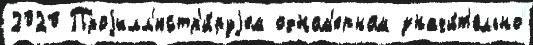
2020 Проjилл'юстр'и́руjем одном'ерном значи́т'ельно